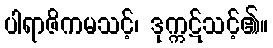
ပါရာဇိကမသင့်၊ ဒုက္ကဋ်သင့်၏။